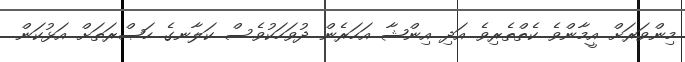
މިންވަރަށް އީމާންވެ ކެތްތެރިވެ އަދި އިންޝާ އަހަރެން ދުވަހަކުވެސް ކަލާނގެ ހަޞްރަތަށް އަޅުކަން